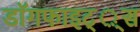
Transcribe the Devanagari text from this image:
डाॅगफाइट््स